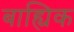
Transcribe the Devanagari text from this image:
बाह्यिक